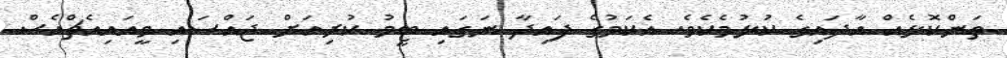
ތަންކޮޅެއް އާދައިގެ ކުޅުމެކެވެ. އެކަމުގެ ފައިދާ ނަގައި ޓީމު ކުރިއަށް ޖައްސައި ވީއައިއެޗްއެސް